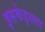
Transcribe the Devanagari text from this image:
इसकेइस्ला